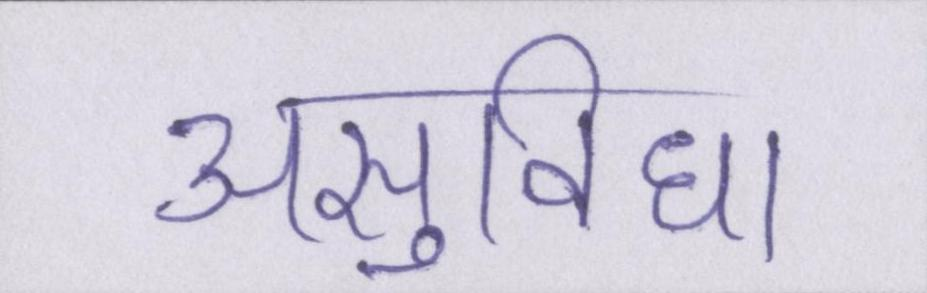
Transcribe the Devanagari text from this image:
असुविधा